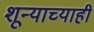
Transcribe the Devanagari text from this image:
शून्याच्याही